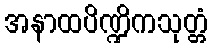
အနာထပိဏ္ဍိကသုတ္တံ